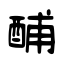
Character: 酺